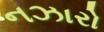
નઝારો